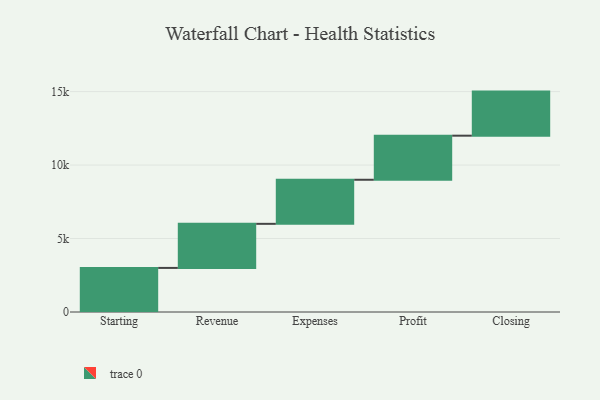
{"axis": {"x": "Step", "y": "Value"}, "legend": [""], "data": [{"x": "Starting", "y": 3000, "type": ""}, {"x": "Revenue", "y": 3000, "type": ""}, {"x": "Expenses", "y": 3000, "type": ""}, {"x": "Profit", "y": 3000, "type": ""}, {"x": "Closing", "y": 3000, "type": ""}]}